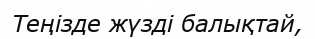
Теңізде жүзді балықтай,